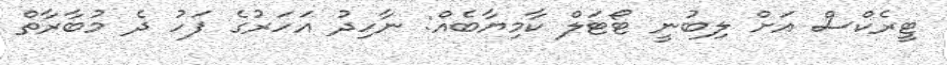
ޓީރެކްސް އަށް ލިބުނީ ޓޯޓަލް ކާމިޔާބެއް: ނާހިދު އަހަރުގެ ފަހު ދެ މުބާރާތް